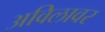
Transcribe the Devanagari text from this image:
अविलावर